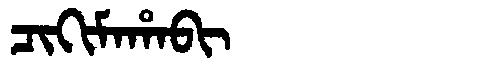
Manchu: ᠴᡳᡴᡳᠮᠠᡥᠠᠪᡳ
Romanization: CIKIMAHABI